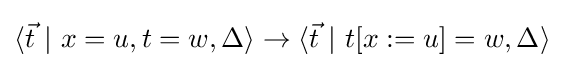
\langle {\vec {t}}\ |\ x=u,t=w,\Delta \rangle \rightarrow \langle {\vec {t}}\ |\ t[x:=u]=w,\Delta \rangle